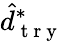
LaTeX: \hat{d}_{\mathrm{~t~r~y~}}^{*}